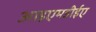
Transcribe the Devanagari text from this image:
आइएमडीईए